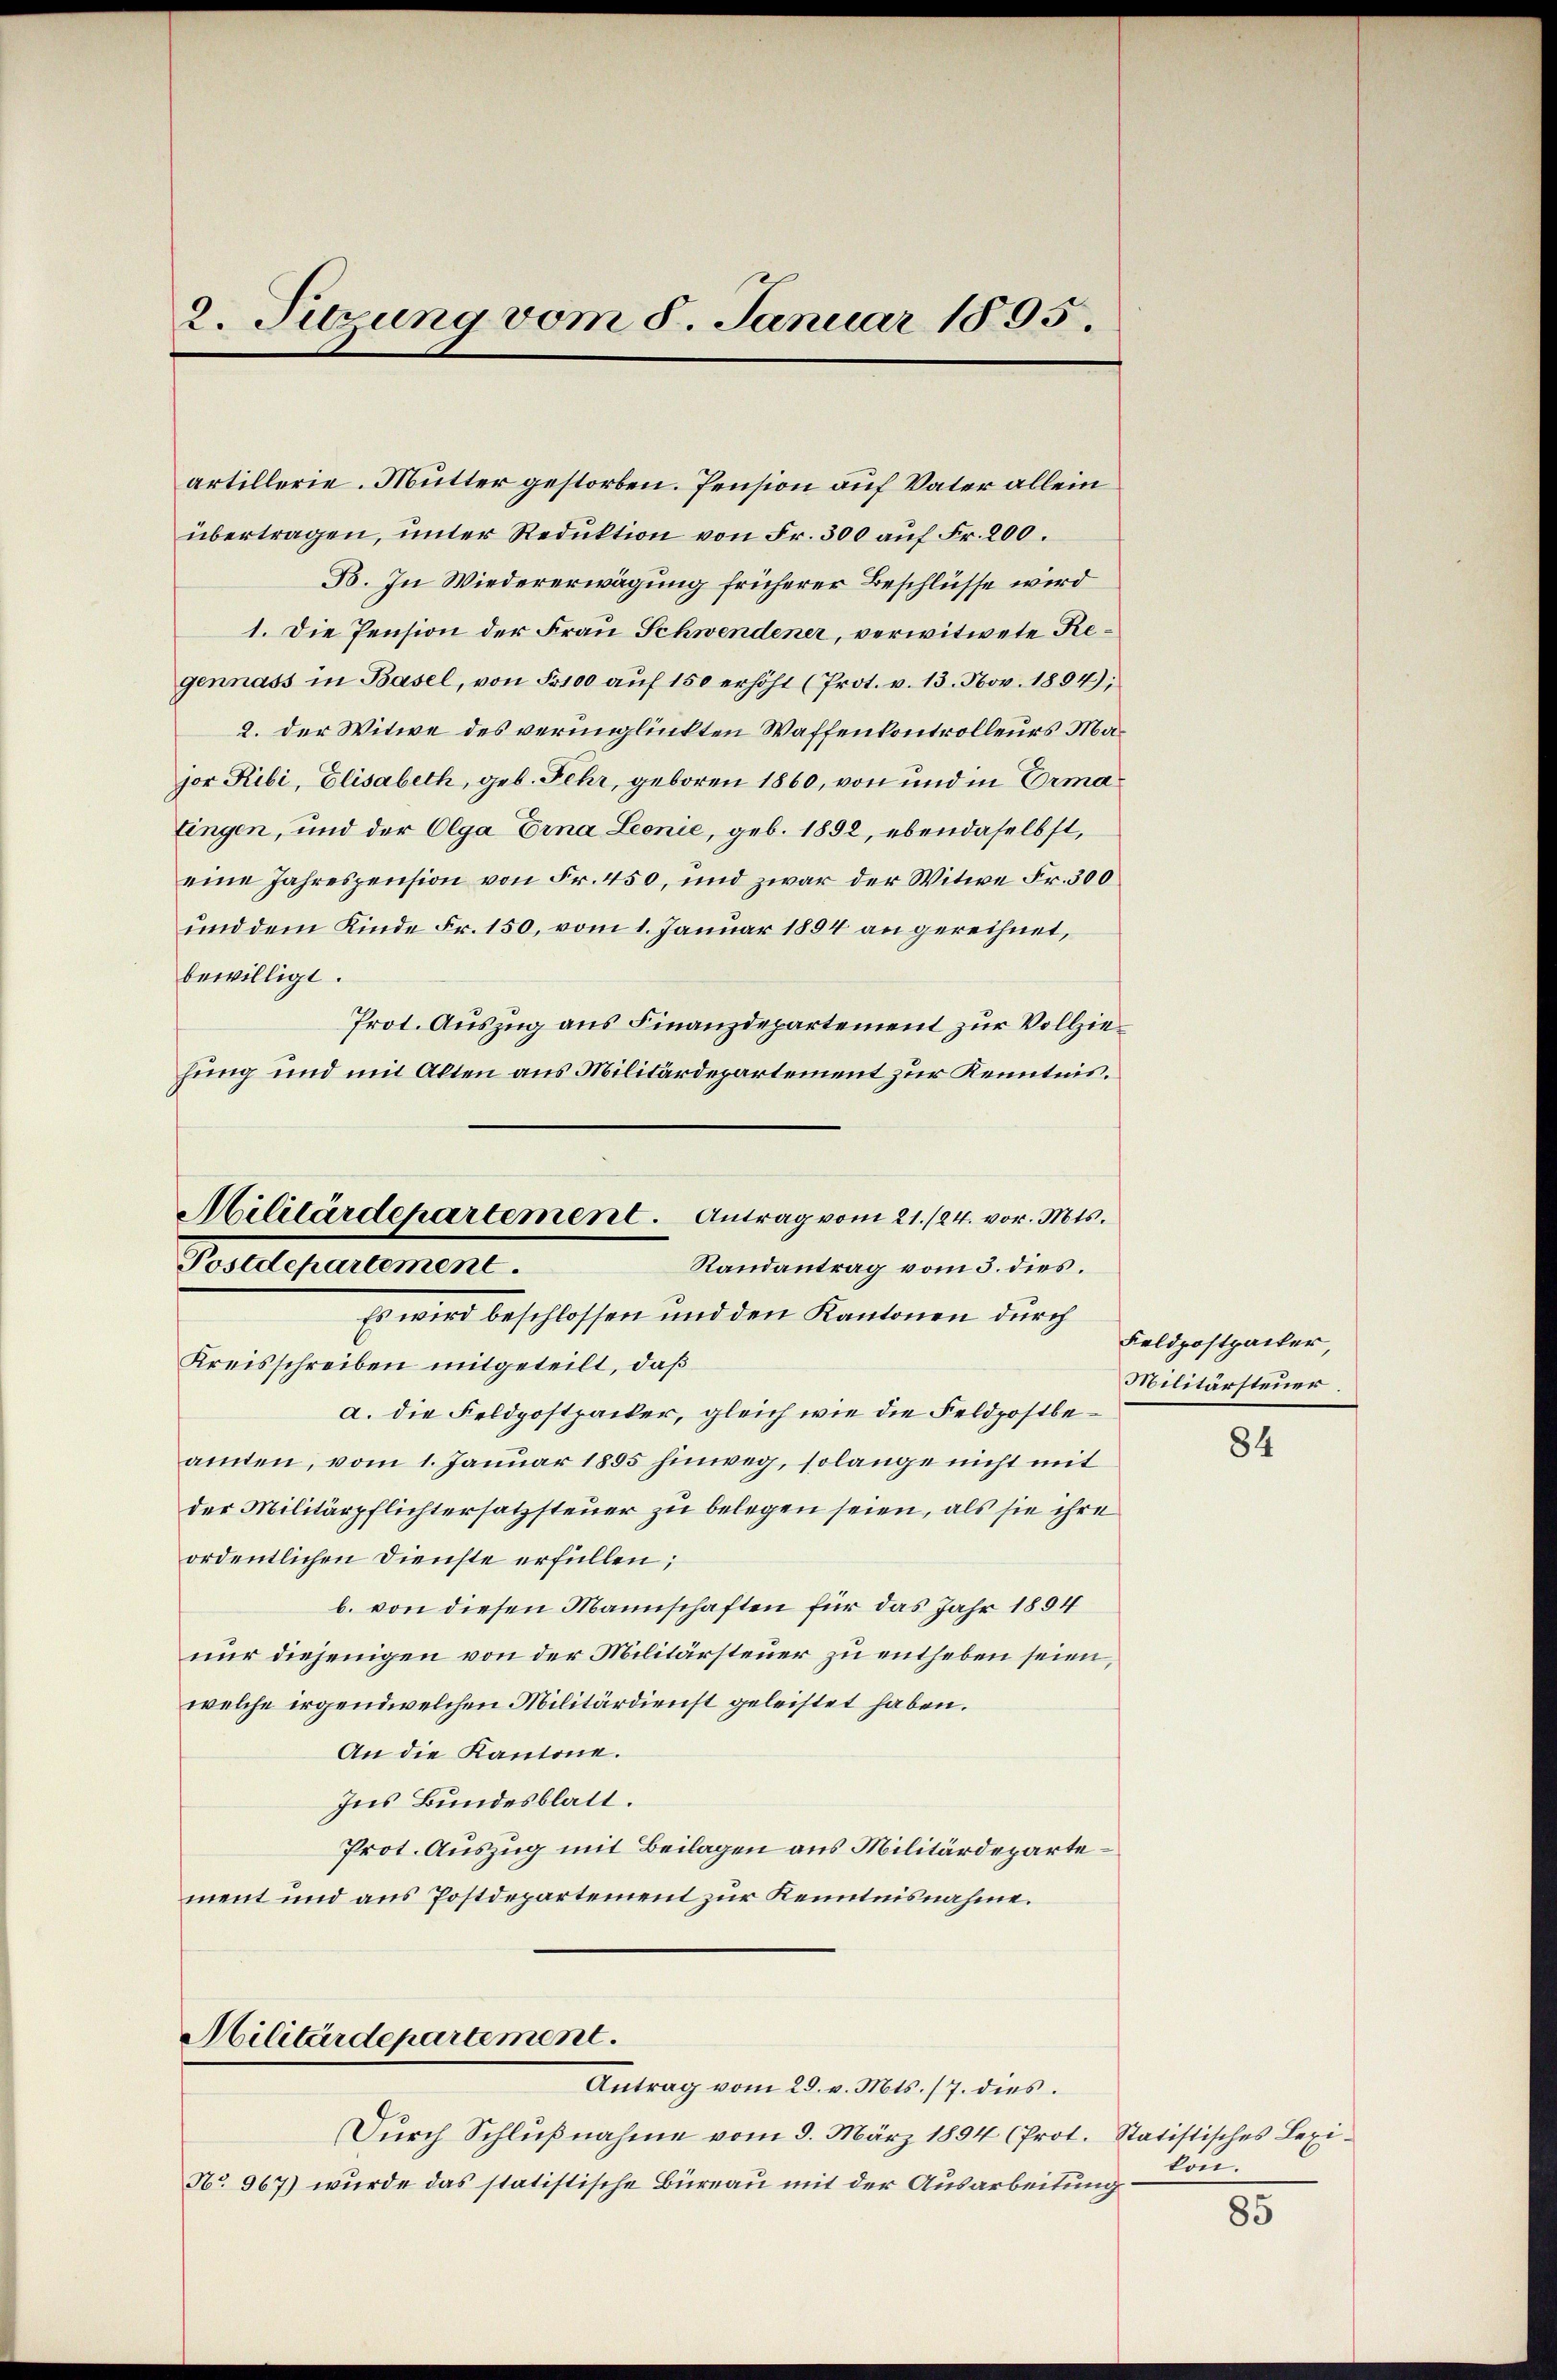
2. Sitzung vom 8. Januar 1895.

artillerie. Mutter gestorben. Pension auf Vater allein
übertragen, unter Reduktion von Fr. 300 auf Fr. 200.
B. In Wiedererwägung früherer Beschlüsse wird
1. Die Pension der Frau Schwendener, verwitwete Regennass in Basel, von 5100 aŭf 150 erhöht (Prot. v. 13. Nov. 1894;
2. der Witwe des verunglückten Waffenkontrolleurs Major Ribi, Elisabeth, geb. Fehr, geboren 1860, von und in Ermalingen, und der Olga Erna Leonie, geb. 1892, ebendaselbst,
eine Jahrespension von Fr. 450, und zwar der Witwe Fr. 300
und dem Kinde Fr. 150, vom 1. Januar 1894 an gerechnet,
bewilligt.
Prot. Auszug aus Finanzdepartement zur Vollziehung und mit Alten aus Militärdepartement zur Kenntnis.
Militärdepartement. Antrag vom 21./24. vor. Mts.
Randantrag vom 3. dies
Postdepartement.
Es wird beschlossen und den Kantonen durch
Kreisschreiben mitgeteilt, daß
a. die Feldpostpacker, gleich wie die Feldpostbeamten, vom 1. Januar 1895 hinweg, solange nicht mit
der Militärpflichtersatzsteuer zu belegen seien, als sie ihre
ordentlichen Dienste erfüllen;
b. von diesen Mannschaften für das Jahr 1894
nur diejenigen von der Militärsteuer zu entheben seien,
welche irgendwelchen Militärdienst geleistet haben.
An die Kantone.
Ins Bundesblatt.
Prot. Auszug mit Beilagen aus Militärdepartement und aus Postdepartement zur Kenntnisnahme.

Militärdepartement.

Antrag vom 25. v. Mts. 17. dies.
Dŭrch Schlŭβnahme vom 9. März 1894 (Prot. Statistisches Lexi-
No 967) wurde das statistische Büreau mit der Ausarbeitung.

Feldpostpacker,
Militärsteuer.

84

kon.

85